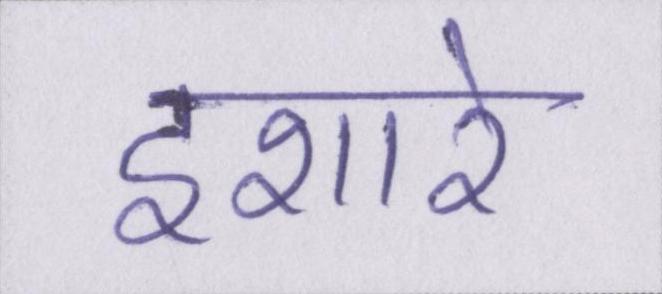
इशारे